Veterinary regulations India, 1935 -
Year: 1935
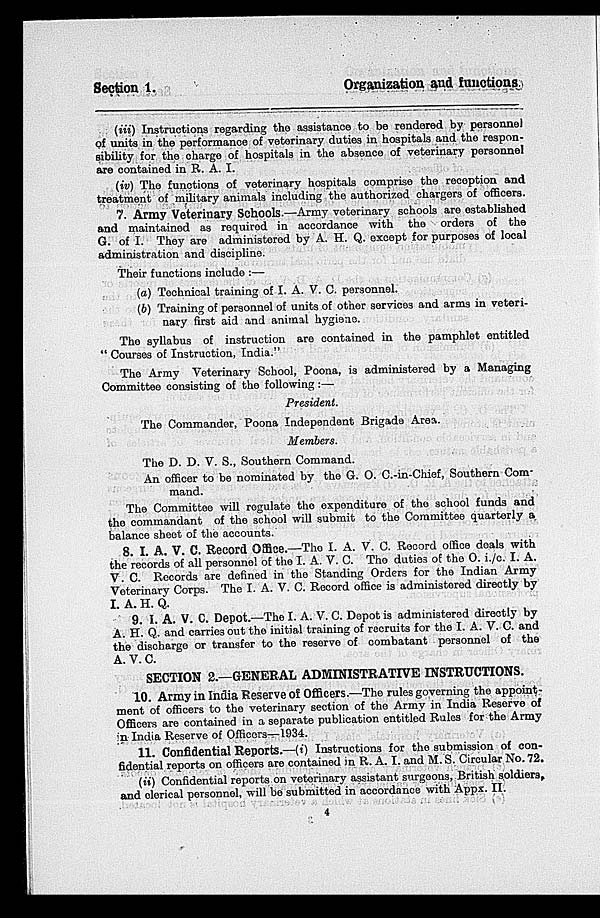
Section 1.
Organization and functions
(iii) Instructions regarding the assistance to be rendered by personnel
of units in the performance of veterinary duties in hospitals and the respon-
sibility for the charge of hospitals in the absence of veterinary personnel
are contained in R. A. I.
(iv) The functions of veterinary hospitals comprise the reception and
treatment of military animals including the authorized chargers of officers.
7. Army Veterinary Schools.—Army veterinary schools are established
and maintained as required in accordance with the orders of the
G. of I. They are administered by A. H. Q. except for purposes of local
administration and discipline.
Their functions include :—
(a) Technical training of I. A. V. C. personnel.
(b) Training of personnel of units of other services and arms in veteri-
nary first aid and animal hygiene.
The syllabus of instruction are contained in the pamphlet entitled
" Courses of Instruction, India."
The Army Veterinary School, Poona, is administered by a Managing
Committee consisting of the following :—
President.
The Commander, Poona Independent Brigade Area.
Members.
The D. D. V. S., Southern Command.
An officer to be nominated by the G. O. C.-in-Chief, Southern Com-
mand.
The Committee will regulate the exponditure of the school funds and
the commandant of the school will submit to the Committee quarterly a
balance sheet of the accounts.
8. I. A. V. C. Record Office.—The I. A. V. C. Record office deals with
the records of all personnel of the I. A. V. C. The duties of the O. i./c. I. A.
V. C. Records are defined in the Standing Orders for the Indian Army
Voterinary Corps. The I. A. V. C. Record office is administered directly by
I. A. H. Q.
9. I. A. V. C. Depot.—The I. A. V. C. Depot is administered directly by
A. H. Q. and carries out the initial training of recruits for the I. A. V. C. and
the discharge or transfer to the reserve of combatant personnel of the
A. V. C.
SECTION 2.—GENERAL ADMINISTRATIVE INSTRUCTIONS.
10. Army in India Reserve of Officers.—The rules governing the appoint-
ment of officers to the veterinary section of the Army in India Reserve of
Officers are contained in a separate publication entitled Rules for the Army
n India Reserve of Officers—1934.
11. Confidential Reports.—(i) Instructions for the submission of con-
fidential reports on officers are contained in R. A. I. and M. S. Circular No. 72.
(ii) Confidential reports on veterinary assistant surgeons, British soldiers,
and elerical personnel, will be submitted in accordance with Appx. II.
4